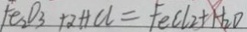
F e _ { 2 } O _ { 3 } + 2 H C L = F e C l _ { 2 } + H _ { 2 } O